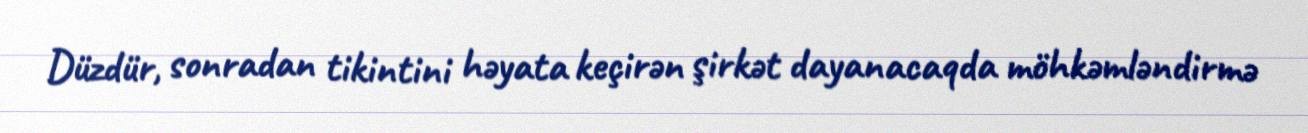
Düzdür, sonradan tikintini həyata keçirən şirkət dayanacaqda möhkəmləndirmə